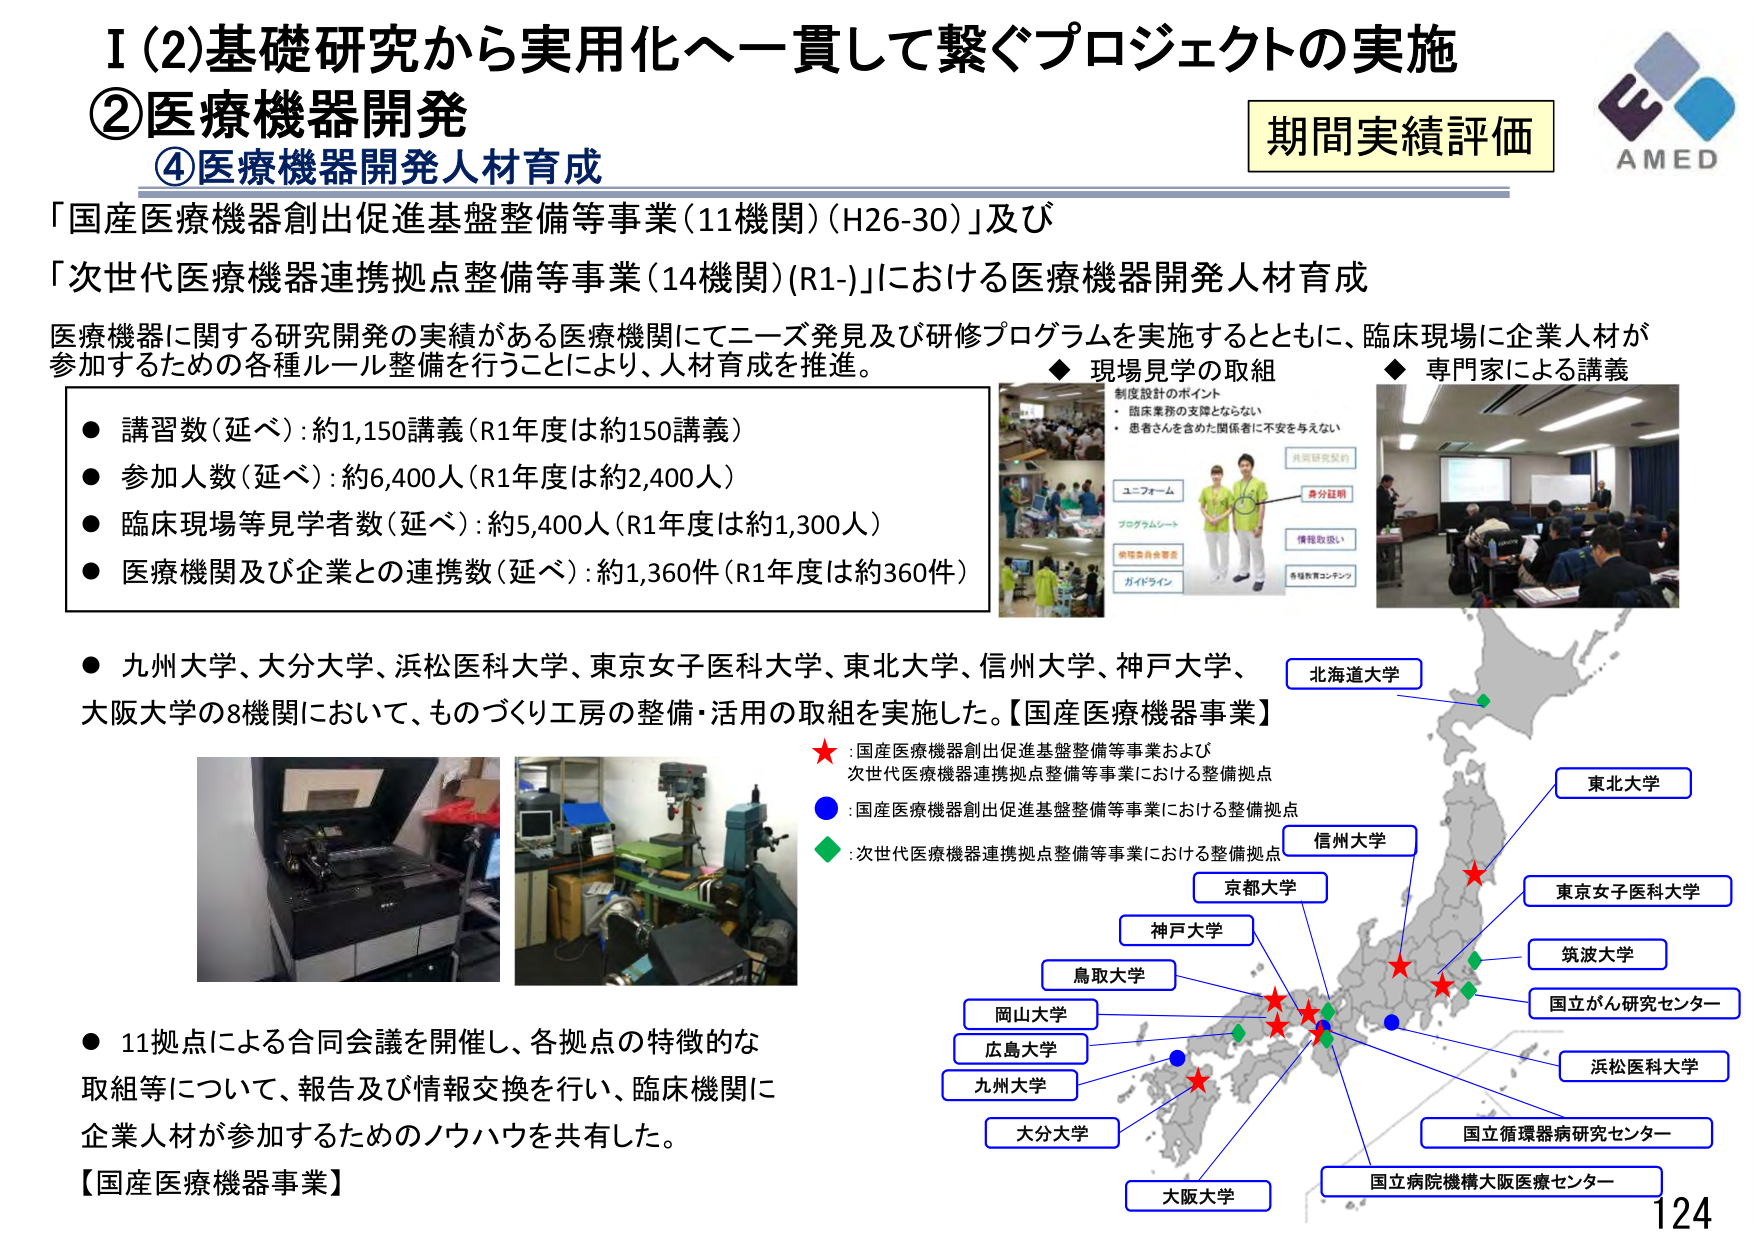
I (2) 基礎研究から実用化へ一貫して繋ぐプロジェクトの実施
② 医療機器開発
④ 医療機器開発人材育成

「国産医療機器創出促進基盤整備等事業（11機関）（H26-30）」及び
「次世代医療機器連携拠点整備等事業（14機関）（R1-）」における医療機器開発人材育成

医療機器に関する研究開発の実績がある医療機関にてニーズ発見及び研修プログラムを実施するとともに、臨床現場に企業人材が参加するための各種ルール整備を行うことにより、人材育成を推進。

● 講習数（延べ）：約1,150講義（R1年度は約150講義）
● 参加人数（延べ）：約6,400人（R1年度は約2,400人）
● 臨床現場等見学者数（延べ）：約5,400人（R1年度は約1,300人）
● 医療機関及び企業との連携数（延べ）：約1,360件（R1年度は約360件）

◆ 現場見学の取組
　制度設計のポイント
　・ 臨床業務の支障とならない
　・ 患者さんを含めた関係者に不安を与えない
　ユニフォーム
　プログラムシート
　病院委員会審査
　ガイドライン
　共同研究契約
　身分証明
　情報取扱い
　各種教育コンテンツ

◆ 専門家による講義

● 九州大学、大分大学、浜松医科大学、東京女子医科大学、東北大学、信州大学、神戸大学、大阪大学の8機関において、ものづくり工房の整備・活用の取組を実施した。【国産医療機器事業】

★：国産医療機器創出促進基盤整備等事業および
　次世代医療機器連携拠点整備等事業における整備拠点
●：国産医療機器創出促進基盤整備等事業における整備拠点
◆：次世代医療機器連携拠点整備等事業における整備拠点

● 11拠点による合同会議を開催し、各拠点の特徴的な取組等について、報告及び情報交換を行い、臨床機関に企業人材が参加するためのノウハウを共有した。

【国産医療機器事業】

北海道大学
東北大学
信州大学
京都大学
神戸大学
鳥取大学
岡山大学
広島大学
九州大学
大分大学
大阪大学
東京女子医科大学
筑波大学
国立がん研究センター
浜松医科大学
国立循環器病研究センター
国立病院機構大阪医療センター

AMED
期間実績評価
124